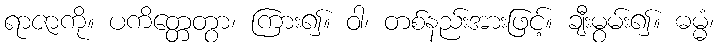
ရာဇာကို။ ပကိတ္တေတွာ၊ ကြား၍။ ဝါ၊ တစ်နည်းအားဖြင့်။ ချီးမွမ်း၍။ ဓမ္မံ၊